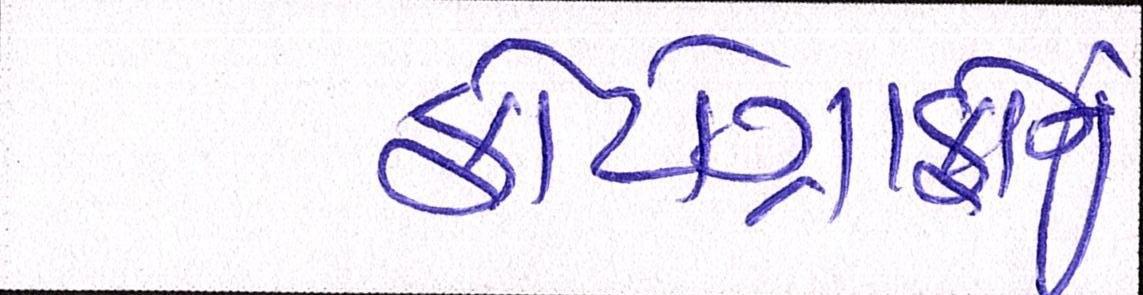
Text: ફોટોગ્રાફોનું